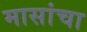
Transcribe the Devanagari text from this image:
मासांचा